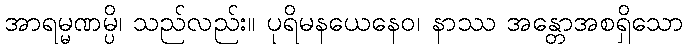
အာရမ္မဏမ္ပိ၊ သည်လည်း။ ပုရိမနယေနေဝ၊ နာဿ အန္တောအစရှိသော